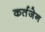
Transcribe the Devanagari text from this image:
कर्तजेन